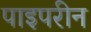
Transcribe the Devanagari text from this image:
पाइपरीन